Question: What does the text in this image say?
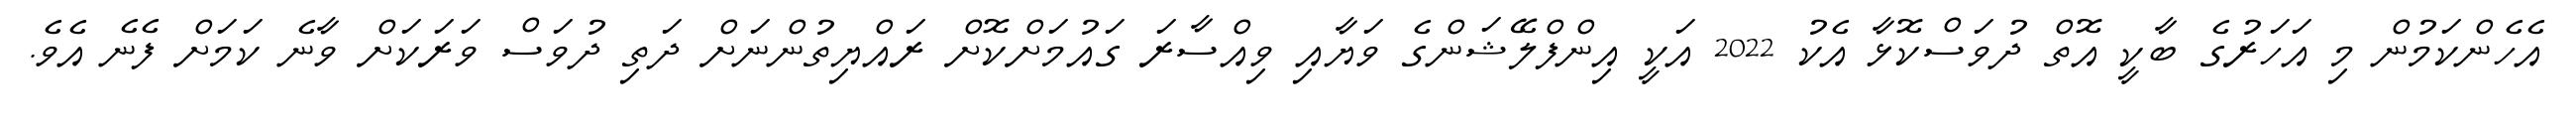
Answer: އެހެންކަމުން މި އަހަރުގެ ބާކީ އޮތް ދުވަސްކޮޅާ އެކު 2022 އަކީ އިންފްލޭޝަންގެ ވަޔާއި ވިއްސާރަ ގައުމަށްކޮށް ރައްޔިތުންނަށް ދަތި ދުވަސް ވަރަކަށް ވާނެ ކަމަށް ފެނެ އެވެ.